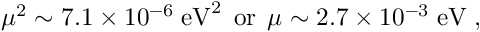
\mu ^ { 2 } \sim 7 . 1 \times 1 0 ^ { - 6 } \; \mathrm { e V } ^ { 2 } \; \, \mathrm { o r } \, \; \mu \sim 2 . 7 \times 1 0 ^ { - 3 } \; \mathrm { e V } \; ,